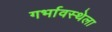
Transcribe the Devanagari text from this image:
गर्भावस्थेला